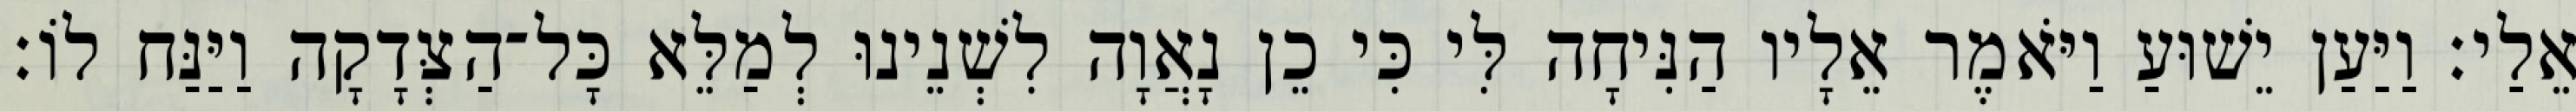
אֵלַי׃ וַיַּעַן יֵשׁוּעַ וַיֹּאמֶר אֵלָיו הַנִּיחָה לִּי כִּי כֵן נָאֲוָה לִשְׁנֵינוּ לְמַלֵּא כָּל־הַצְּדָקָה וַיַּנַּח לוֹ׃